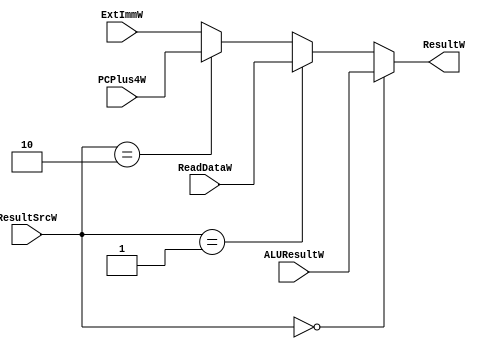
module result_mux (input  [31:0] ALUResultW, ReadDataW, PCPlus4W,ExtImmW,input  [1:0] ResultSrcW,output [31:0] ResultW);
     assign ResultW = (ResultSrcW==2'b00)?ALUResultW:(ResultSrcW==2'b01)?ReadDataW:(ResultSrcW==2'b10)?PCPlus4W:ExtImmW;
endmodule